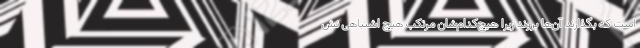
است که بگذارند آن‌ها بروند زیرا هیچ‌کدام‌شان مرتکب هیچ اشتباهی نش